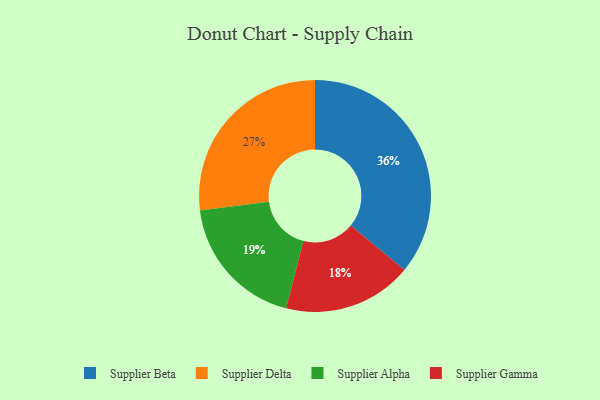
{"axis": {"x": "Category", "y": "Percentage"}, "legend": ["Supplier Alpha", "Supplier Beta", "Supplier Delta", "Supplier Gamma"], "data": [{"x": "Supplier Delta", "y": 27, "type": "Supplier Delta"}, {"x": "Supplier Gamma", "y": 18, "type": "Supplier Gamma"}, {"x": "Supplier Alpha", "y": 19, "type": "Supplier Alpha"}, {"x": "Supplier Beta", "y": 36, "type": "Supplier Beta"}]}